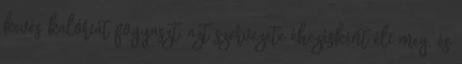
kevés kalóriát fogyaszt, azt szervezete éhezésként éli meg, és